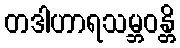
တဒါဟာရသမ္ဘဝန္တိ